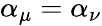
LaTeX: \alpha_{\mu}=\alpha_{\nu}